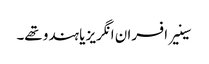
سینیر افسران انگریز یا ہندو تھے۔